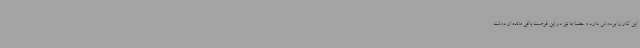
این کار را بردوش دارد و حتما ما نیز در این فرصت باقی مانده از دولت